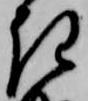
き